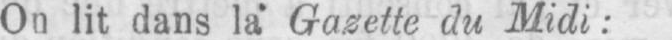
Gazette du Midi: